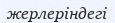
жерлеріндегі